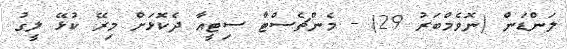
ލަންޑަން (ނޮވެމްބަރު 29) - މެންޗެސްޓާ ސިޓީއާ ދެކޮޅަށް މިރޭ ކުޅޭ ލީގު